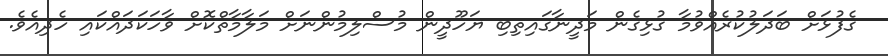
ގެފުޅަށް ބަދަލުކުރެއްވުމާ ގުޅިގެން މަދީނާގައިތިބި ޔަހޫދީން މުސްލިމުންނަށް މަލާމާތްކޮށް ވާހަކަދައްކައި ހެދިއެވެ.